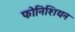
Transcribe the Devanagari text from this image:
फोनिशियन